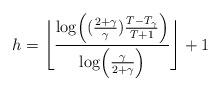
LaTeX: \begin{align*} h= \Bigg\lfloor{\log \Bigl( ({2+\gamma\over \gamma}) {T- T_\gamma \over T+ 1}\Bigr) \over \log \Bigl({\gamma\over 2+\gamma}\Bigr)}\Bigg\rfloor + 1 \end{align*}